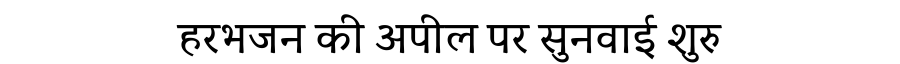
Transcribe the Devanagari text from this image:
हरभजन की अपील पर सुनवाई शुरु